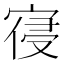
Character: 寑